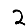
Digit: 2